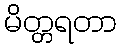
မိတ္တရတာ